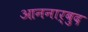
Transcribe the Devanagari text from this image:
आननार्बुद